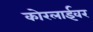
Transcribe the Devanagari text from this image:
कोरलाईवर